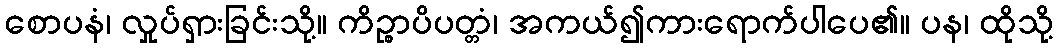
စောပနံ၊ လှုပ်ရှားခြင်းသို့။ ကိဉ္စာပိပတ္တံ၊ အကယ်၍ကားရောက်ပါပေ၏။ ပန၊ ထိုသို့